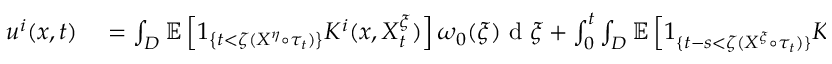
\begin{array} { r l } { u ^ { i } ( x , t ) } & { { } = \int _ { D } \mathbb { E } \left[ 1 _ { \left\{ t < \zeta ( X ^ { \eta } \circ \tau _ { t } ) \right\} } K ^ { i } ( x , X _ { t } ^ { \xi } ) \right] \omega _ { 0 } ( \xi ) \textrm { d } \xi + \int _ { 0 } ^ { t } \int _ { D } \mathbb { E } \left[ 1 _ { \{ t - s < \zeta ( X ^ { \xi } \circ \tau _ { t } ) \} } K ^ { i } ( x , X _ { t } ^ { \xi } ) G ( X _ { s } ^ { \xi } , s ) \right] \textrm { d } \xi \textrm { d } s } \end{array}